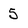
Character: 5